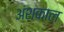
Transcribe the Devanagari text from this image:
अंशकाल